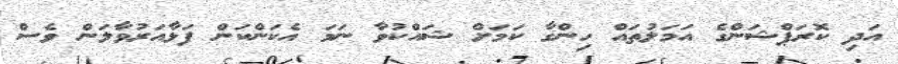
އަދި ކޮރަޕްޝަންގެ އަމަލުތައް ހިންގާ ކަމަށް ޝައްކުވާ ނަމަ އެކަންކަން ފަޅާއަރުވާލަން ވެސް